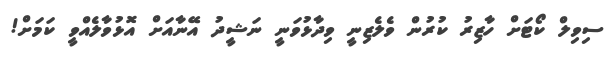
ސިވިލް ކޯޓަށް ހާޒިރު ކުރުން ވެލެޒިނީ ވިދާޅުވަނީ ނަޝީދު އޭނާއަށް އޮޅުވާލެއްވީ ކަމަށް!